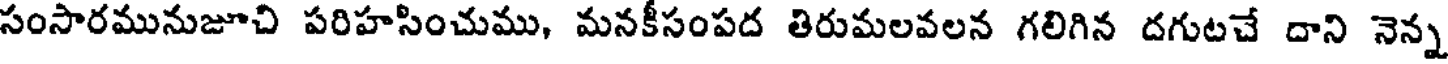
సంసారమునుజూచి పరిహసించుము, మనకీసంపద తిరుమలవలన గలిగిన దగుటచే దాని నెన్న